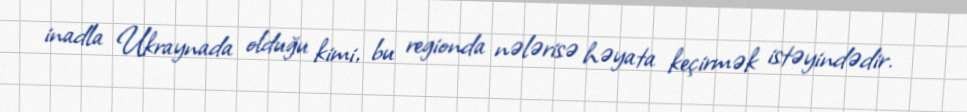
inadla Ukraynada olduğu kimi, bu regionda nələrisə həyata keçirmək istəyindədir.